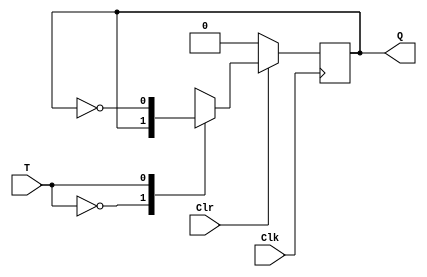
module ToggleFF(T, Clk, Clr, Q);

	input T, Clk, Clr;
	output reg Q;
	
	always @(posedge Clk) begin
		
		if(Clr == 1'b0) begin
			Q <= 1'b0;
		end
		else begin
			case(T)
				1'b0: begin
					Q <= Q;
				end
				1'b1: begin
					Q <= ~Q;
				end
			endcase
		end
	end
	
endmodule